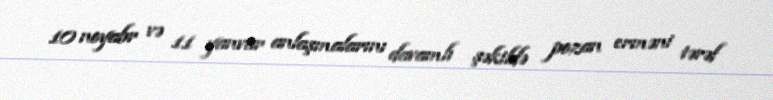
10 noyabr və 11 yanvar anlaşmalarını davamlı şəkildə pozan erməni tərəf